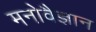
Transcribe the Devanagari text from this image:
मनोवैज्ञान